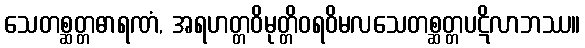
သေတစ္ဆတ္တဓာရဏံ, အရဟတ္တဝိမုတ္တိဝရဝိမလသေတစ္ဆတ္တပဋိလာဘဿ။